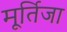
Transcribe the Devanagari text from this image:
मूर्तिजा